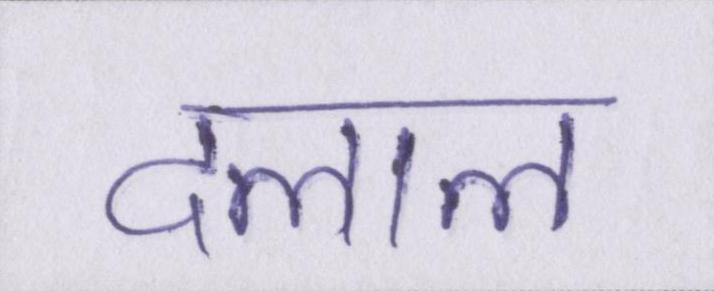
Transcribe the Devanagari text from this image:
दलाल